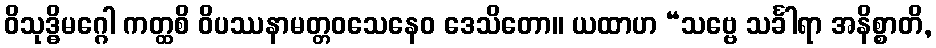
ဝိသုဒ္ဓိမဂ္ဂေါ ကတ္ထစိ ဝိပဿနာမတ္တဝသေနေဝ ဒေသိတော။ ယထာဟ “သဗ္ဗေ သင်္ခါရာ အနိစ္စာတိ,